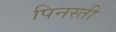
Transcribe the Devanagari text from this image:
पिनस्ती